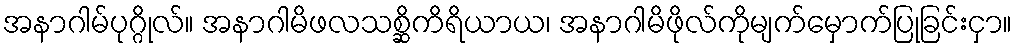
အနာဂါမ်ပုဂ္ဂိုလ်။ အနာဂါမိဖလသစ္ဆိကိရိယာယ၊ အနာဂါမိဖိုလ်ကိုမျက်မှောက်ပြုခြင်းငှာ။